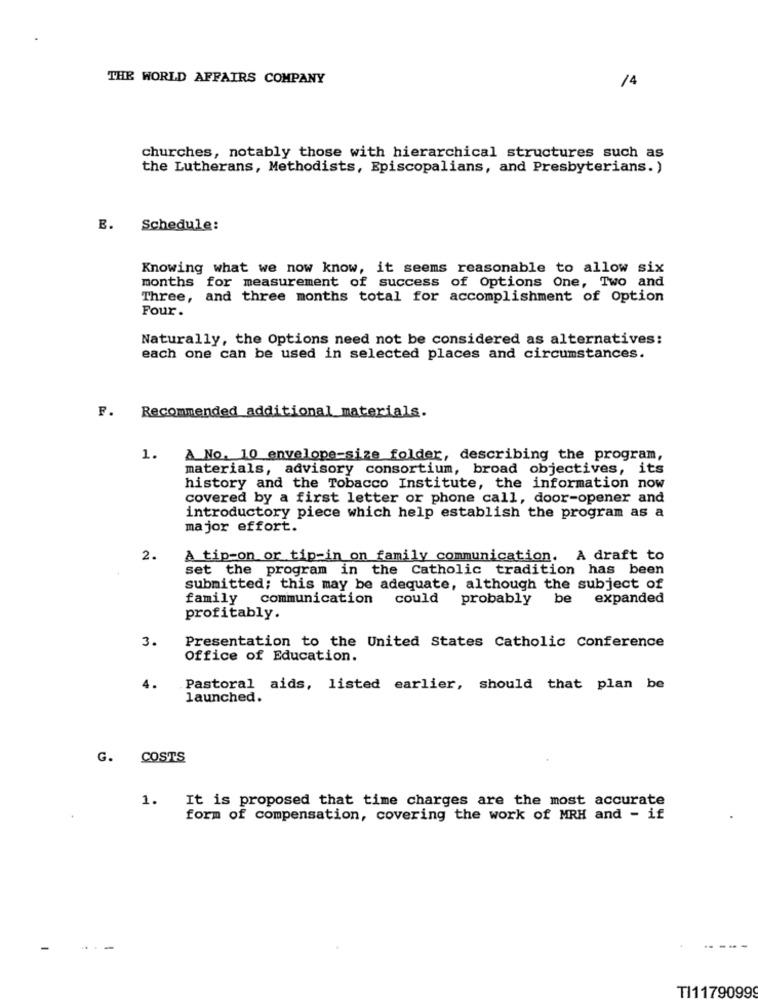
THE WORLD AFFAIRS COMPANY
/4
churches, notably those with hierarchical structures such as
the Lutherans, Methodists, Episcopalians, and Presbyterians.)
E. Schedule:
Knowing what we now know, it seems reasonable to allow six
months for measurement of success of Options One, Two and
Three, and three months total for accomplishment of Option
Four.
Naturally, the Options need not be considered as alternatives:
each one can be used in selected places and circumstances.
F. Recommended additional materials.
1. A No. 10 envelope-size folder, describing the program,
materials, advisory consortium, broad objectives, its
history and the Tobacco Institute, the information now
covered by a first letter or phone call, door-opener and
introductory piece which help establish the program as a
major effort.
2.
A tip-on or tip-in on family communication. A draft to
set the program in the Catholic tradition has been
submitted; this may be adequate, although the subject of
family communication
could probably
be expanded
profitably.
3.
Presentation to the United States Catholic Conference
Office of Education.
4.
Pastoral aids, listed earlier, should that plan be
launched.
G. COSTS
1.
It is proposed that time charges are the most accurate
form of compensation, covering the work of MRH and - if
----
TI1179099